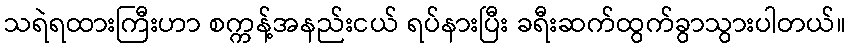
သရဲရထားကြီးဟာ စက္ကန့်အနည်းငယ် ရပ်နားပြီး ခရီးဆက်ထွက်ခွာသွားပါတယ်။